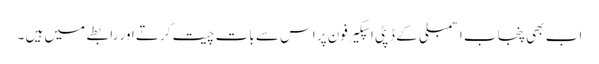
اب بھی پنجاب اسمبلی کے ڈپٹی اسپکیر فون پر اس سے بات چیت کرتے اور رابطے میں ہیں ۔